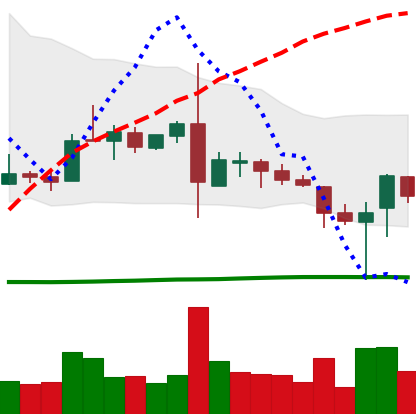
Ticker: TRX-USD
Chart end date: 2019-03-06
Forward return: -5.062%
Label: down_5_7